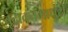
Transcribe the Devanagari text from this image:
वृंदावनमाधुरी